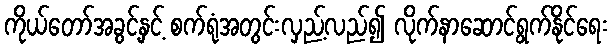
ကိုယ်တော်အခွင့်နှင့် စက်ရုံအတွင်းလှည့်လည်၍ လိုက်နာဆောင်ရွက်နိုင်ရေး